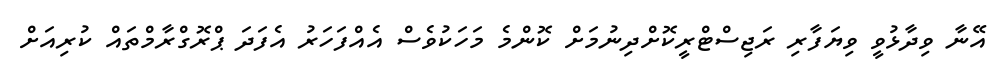
އޭނާ ވިދާޅުވީ ވިޔަފާރި ރަޖިސްޓްރީކޮށްދިނުމަށް ކޮންމެ މަހަކުވެސް އެއްފަހަރު އެފަދަ ޕްރޮގްރާމްތައް ކުރިއަށް